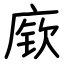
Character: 𫷷